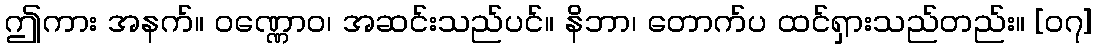
ဤကား အနက်။ ဝဏ္ဏောဝ၊ အဆင်းသည်ပင်။ နိဘာ၊ တောက်ပ ထင်ရှားသည်တည်း။ [၀၇]